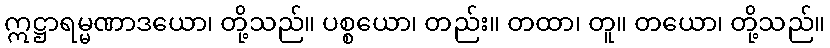
ဣဋ္ဌာရမ္မဏာဒယော၊ တို့သည်။ ပစ္စယော၊ တည်း။ တထာ၊ တူ။ တယော၊ တို့သည်။